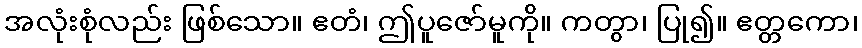
အလုံးစုံလည်း ဖြစ်သော။ ဧတံ၊ ဤပူဇော်မူကို။ ကတွာ၊ ပြု၍။ ဧတ္တကော၊